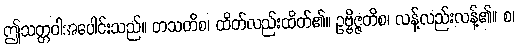
ဤသတ္တဝါအပေါင်းသည်။ တသတိစ၊ ထိတ်လည်းထိတ်၏။ ဥဗ္ဗိဇ္ဇတိစ၊ လန့်လည်းလန့်၏။ စ၊